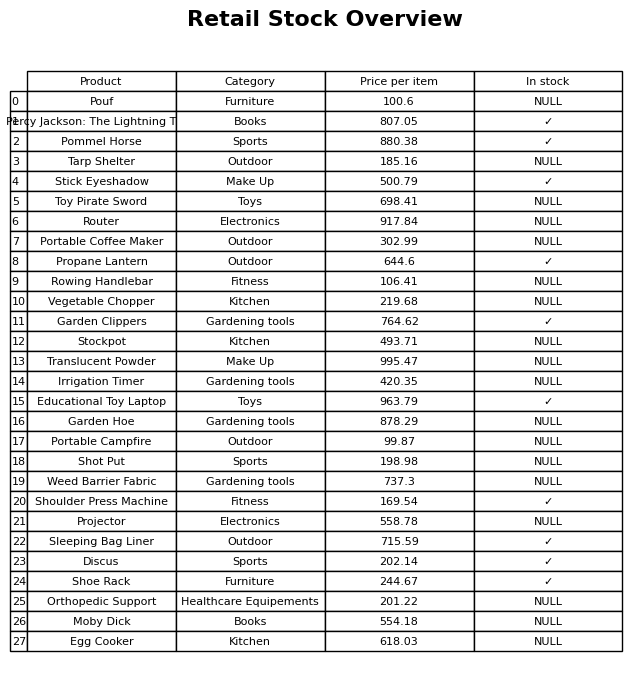
question: Is the Projector in stock?
answer: NULL